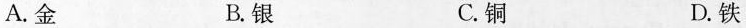
A.金 B.银 C.铜 D.铁